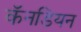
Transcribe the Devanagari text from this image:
कॅनडियन